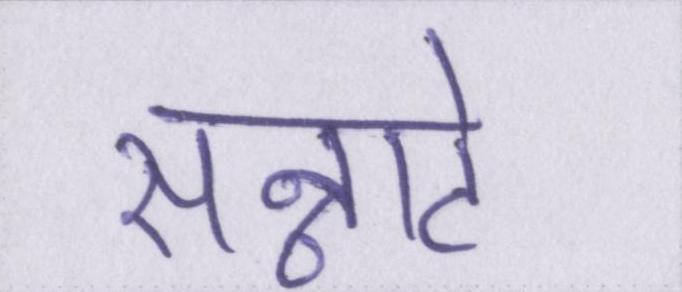
सन्नाटे